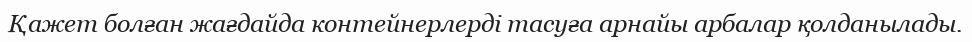
Қажет болған жағдайда контейнерлерді тасуға арнайы арбалар қолданылады.